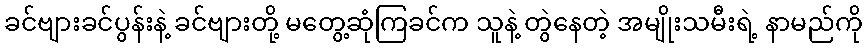
ခင်ဗျားခင်ပွန်းနဲ့ ခင်ဗျားတို့ မတွေ့ဆုံကြခင်က သူနဲ့ တွဲနေတဲ့ အမျိုးသမီးရဲ့ နာမည်ကို